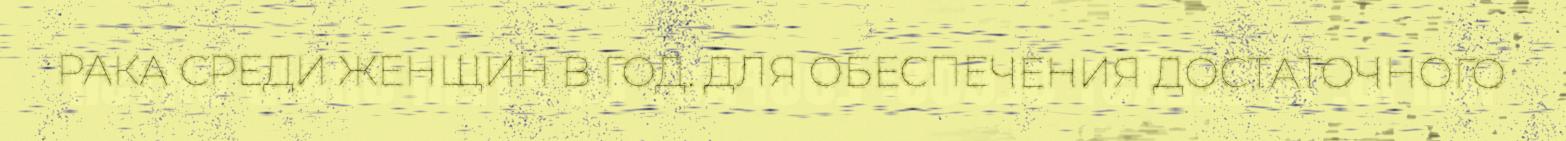
РАКА СРЕДИ ЖЕНЩИН В ГОД. ДЛЯ ОБЕСПЕЧЕНИЯ ДОСТАТОЧНОГО